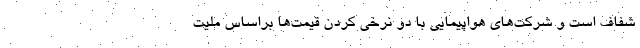
شفاف است و شرکت‌های هواپیمایی با دو نرخی کردن قیمت‌ها براساس ملیت